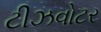
ટીઝવોટર